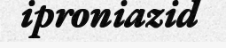
iproniazid